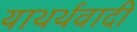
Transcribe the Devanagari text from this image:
याथर्थवादी